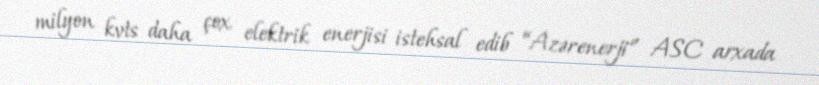
milyon kvts daha çox elektrik enerjisi istehsal edib “Azərenerji” ASC arxada